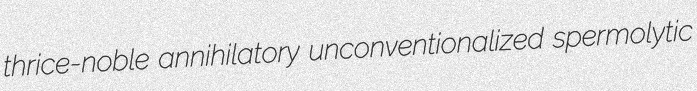
thrice-noble annihilatory unconventionalized spermolytic